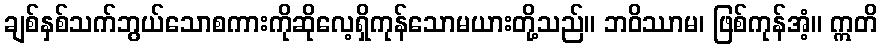
ချစ်နှစ်သက်ဘွယ်သောစကားကိုဆိုလေ့ရှိကုန်သောမယားတို့သည်။ ဘဝိဿာမ၊ ဖြစ်ကုန်အံ့။ ဣတိ